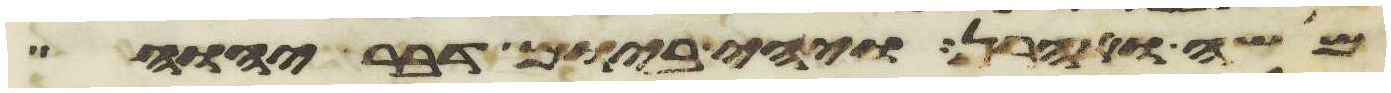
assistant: משה ואהרן ויהי ביום דבר יהוה